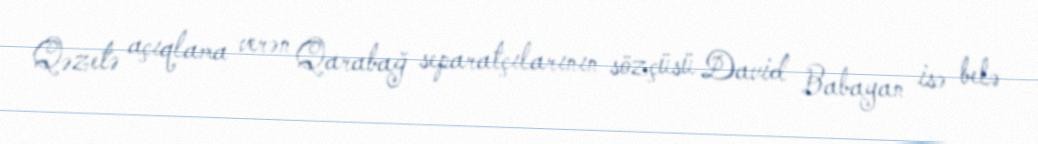
Qəzetə açıqlama verən Qarabağ separatçılarının sözçüsü David Babayan isə belə